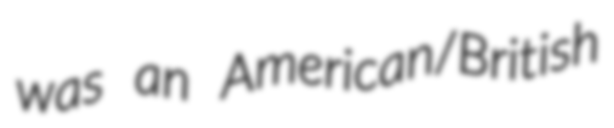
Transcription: was an American/British